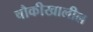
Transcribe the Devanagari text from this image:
चौकीखालील